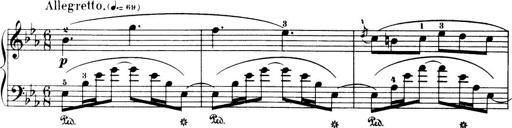
Title: 32 Sonatinas and Rondos for the Piano
Composer: Richard Kleinmichel